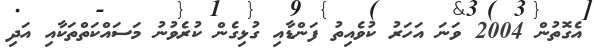
އެގޮތުން 2004 ވަނަ އަހަރު ކުވެއިތު ފަންޑާއި ގުޅިގެން ކުރެވުނު މަސައްކަތްތަކާއި އަދި